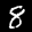
Label: 8